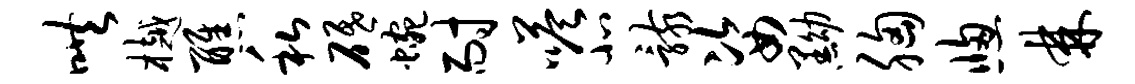
哄樾醮私砥蜿耐嗒北骸姿黝胸窗棘